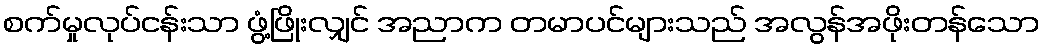
စက်မှုလုပ်ငန်းသာ ဖွံ့ဖြိုးလျှင် အညာက တမာပင်များသည် အလွန်အဖိုးတန်သော